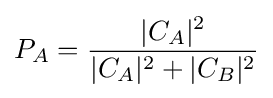
P_{A}={\frac {|C_{A}|^{2}}{|C_{A}|^{2}+|C_{B}|^{2}}}